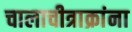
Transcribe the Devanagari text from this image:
चालाचीत्राक्रांना